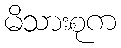
မိသားစုက